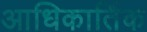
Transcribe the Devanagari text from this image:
आधिकार्तिक